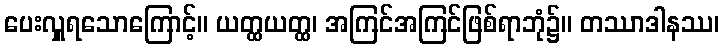
ပေးလှူရသောကြောင့်။ ယတ္ထယတ္ထ၊ အကြင်အကြင်ဖြစ်ရာဘုံ၌။ တဿာဒါနဿ၊